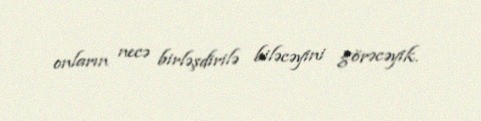
onların necə birləşdirilə biləcəyini görəcəyik.